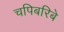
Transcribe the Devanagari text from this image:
चपिबरिबे